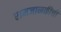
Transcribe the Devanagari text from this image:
रामजानकीची